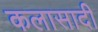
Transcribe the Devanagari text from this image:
कलासादी